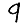
Digit: 9